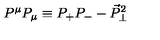
P ^ { \mu } P _ { \mu } \equiv P _ { + } P _ { - } - \vec { P } _ { \perp } ^ { 2 }